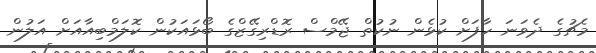
މެޗުގެ ދެވަނަ ހާފަށް ކުޅެން ނުކުތް ޖޭމްސް ރޮޑްރިގޭޒްގެ ބޯޅައަކުން ކޮލަމްބިއާއަށް އަލުން